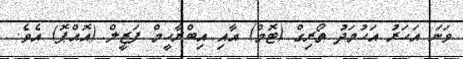
ވަނަ އަހަރު އަހުމަދު ތޯރިގް (ޓޮމް) އާއި އިބްރާހީމް ފަޒީލް (އޮއްޕޮ) އެވެ.